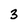
Character: 3